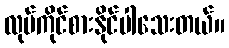
လုပ်ကိုင်စားနိုင်ပါသေးတယ်။